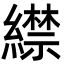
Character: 䌝